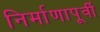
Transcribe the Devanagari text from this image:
निर्माणापूर्वी